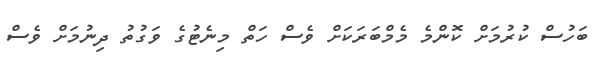
ބަހުސް ކުރުމަށް ކޮންމެ މެމްބަރަކަށް ވެސް ހަތް މިނެޓުގެ ވަގުތު ދިނުމަށް ވެސް